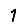
Digit: 1